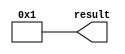
// megafunction wizard: %LPM_CONSTANT%
// GENERATION: STANDARD
// VERSION: WM1.0
// MODULE: lpm_constant 

// ============================================================
// Megafunction Name(s):
// 			lpm_constant
//
// Simulation Library Files(s):
// 			
// ============================================================
// ************************************************************
// THIS IS A WIZARD-GENERATED FILE. DO NOT EDIT THIS FILE!
//
// 9.0 Build 132 02/25/2009 SJ Web Edition
// ************************************************************


//Copyright (C) 1991-2009 Altera Corporation
//Your use of Altera Corporation's design tools, logic functions 
//and other software and tools, and its AMPP partner logic 
//functions, and any output files from any of the foregoing 
//(including device programming or simulation files), and any 
//associated documentation or information are expressly subject 
//to the terms and conditions of the Altera Program License 
//Subscription Agreement, Altera MegaCore Function License 
//Agreement, or other applicable license agreement, including, 
//without limitation, that your use is for the sole purpose of 
//programming logic devices manufactured by Altera and sold by 
//Altera or its authorized distributors.  Please refer to the 
//applicable agreement for further details.


//lpm_constant CBX_AUTO_BLACKBOX="ALL" ENABLE_RUNTIME_MOD="NO" LPM_CVALUE=00000001 LPM_WIDTH=32 result
//VERSION_BEGIN 9.0 cbx_lpm_constant 2008:10:27:14:59:22:SJ cbx_mgl 2009:01:29:16:12:07:SJ  VERSION_END
// synthesis VERILOG_INPUT_VERSION VERILOG_2001
// altera message_off 10463


//synthesis_resources = 
//synopsys translate_off
`timescale 1 ps / 1 ps
//synopsys translate_on
module  constant_32bits_1_lpm_constant_s09
	( 
	result) ;
	output   [31:0]  result;


	assign
		result = 32'b00000000000000000000000000000001;
endmodule //constant_32bits_1_lpm_constant_s09
//VALID FILE


// synopsys translate_off
`timescale 1 ps / 1 ps
// synopsys translate_on
module constant_32bits_1 (
	result);

	output	[31:0]  result;

	wire [31:0] sub_wire0;
	wire [31:0] result = sub_wire0[31:0];

	constant_32bits_1_lpm_constant_s09	constant_32bits_1_lpm_constant_s09_component (
				.result (sub_wire0));

endmodule

// ============================================================
// CNX file retrieval info
// ============================================================
// Retrieval info: PRIVATE: INTENDED_DEVICE_FAMILY STRING "Stratix II"
// Retrieval info: PRIVATE: JTAG_ENABLED NUMERIC "0"
// Retrieval info: PRIVATE: JTAG_ID STRING "NONE"
// Retrieval info: PRIVATE: Radix NUMERIC "10"
// Retrieval info: PRIVATE: SYNTH_WRAPPER_GEN_POSTFIX STRING "0"
// Retrieval info: PRIVATE: Value NUMERIC "1"
// Retrieval info: PRIVATE: nBit NUMERIC "32"
// Retrieval info: CONSTANT: LPM_CVALUE NUMERIC "1"
// Retrieval info: CONSTANT: LPM_HINT STRING "ENABLE_RUNTIME_MOD=NO"
// Retrieval info: CONSTANT: LPM_TYPE STRING "LPM_CONSTANT"
// Retrieval info: CONSTANT: LPM_WIDTH NUMERIC "32"
// Retrieval info: USED_PORT: result 0 0 32 0 OUTPUT NODEFVAL result[31..0]
// Retrieval info: CONNECT: result 0 0 32 0 @result 0 0 32 0
// Retrieval info: LIBRARY: lpm lpm.lpm_components.all
// Retrieval info: GEN_FILE: TYPE_NORMAL constant_32bits_1.v TRUE
// Retrieval info: GEN_FILE: TYPE_NORMAL constant_32bits_1.inc TRUE
// Retrieval info: GEN_FILE: TYPE_NORMAL constant_32bits_1.cmp FALSE
// Retrieval info: GEN_FILE: TYPE_NORMAL constant_32bits_1.bsf TRUE FALSE
// Retrieval info: GEN_FILE: TYPE_NORMAL constant_32bits_1_inst.v FALSE
// Retrieval info: GEN_FILE: TYPE_NORMAL constant_32bits_1_bb.v TRUE